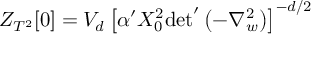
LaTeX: Z _ { T ^ { 2 } } [ 0 ] = V _ { d } \left[ \alpha ^ { \prime } X _ { 0 } ^ { 2 } { \operatorname * { d e t } } ^ { \prime } \left( - \nabla _ { w } ^ { 2 } \right) \right] ^ { - d / 2 }